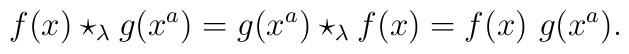
f(x) \star_{\lambda} g(x^a) = g(x^a) \star_{\lambda} f(x) = f(x) \ g(x^a).